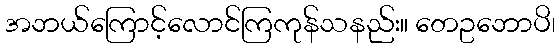
အဘယ်ကြောင့်လောင်ကြကုန်သနည်း။ တေဥဘောပိ၊